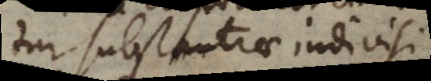
tur substantiae indivisi